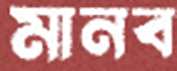
মানব